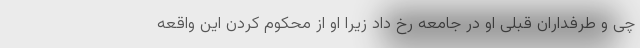
چی و طرفداران قبلی او در جامعه رخ داد زیرا او از محکوم کردن این واقعه